Vaccination in Bombay 1874-1876 - 1874-1876
Year: 1874
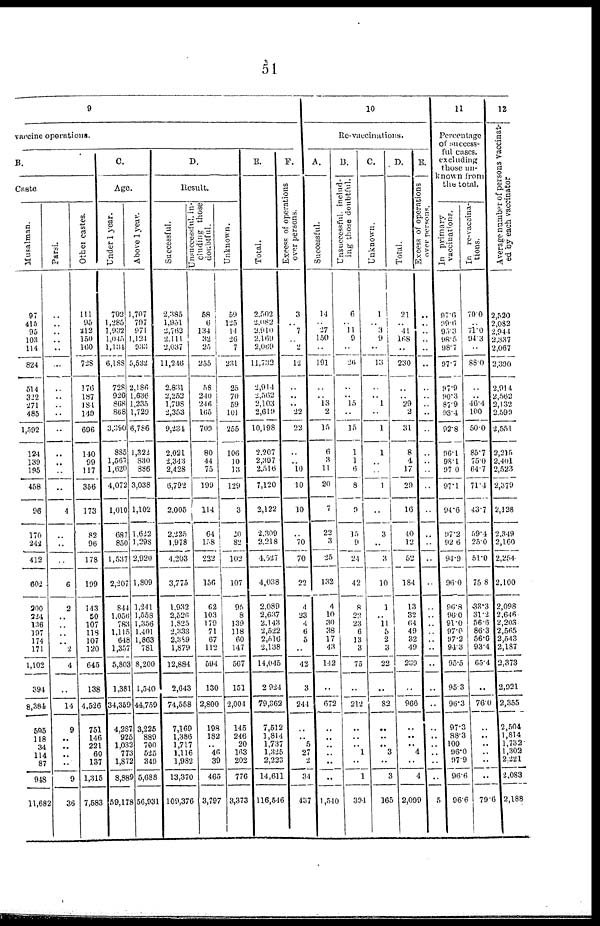
51
9
vaccine operations.
B.
Caste
Musalman.
97
415
95
103
114
824
514
322
271
485
1,592
124
139
195
458
96
170
242
412
602
300
224
136
197
174
171
1,102
394
8,384
505
118
34
114
87
918
11,682
Parsi.
..
..
..
..
..
..
..
..
..
..
..
..
..
..
4
..
..
..
6
2
..
..
..
..
2
4
..
14
9
..
..
..
..
9
36
Other castes.
111
95
212
150
160
728
176
187
184
149
696
140
99
117
356
173
82
96
178
199
143
50
107
118
107
120
645
138
4,526
751
146
221
60
137
1,315
7,583
C.
Age.
Under 1 year.
792
1,285
1,932
1,045
1,134
6,188
728
926
868
868
3,390
885
1,567
1,620
4,072
1,010
687
850
1,537
2,207
844
1,056
783
1,115
648
1,357
5,803
1,381
34,359
4,287
925
1,032
773
1,872
8,889
59,178
Above 1 year.
1,707
797
971
1,124
933
5,532
2,186
1,636
1,235
1,729
6,786
1,322
830
886
3,038
1,102
1,622
1,298
2,920
1,809
1,241
1,558
1,356
1,401
1,863
781
8,200
1,540
44,759
3,225
889
700
525
349
5,688
56,931
D.
Result.
Successful.
2,385
1,951
2,762
2,111
2,037
11,246
2,831
2,252
1,798
2,353
9,234
2,021
2,343
2,428
6,792
2,005
2,235
1,978
4,203
3,775
1,932
2,526
1,825
2,333
2,389
1,879
12,884
2,643
74,558
7,169
1,386
1,717
1,116
1,982
13,370
109,376
Unsuccessful, in-
cluding those
doubtful.
58
6
134
32
25
255
58
240
246
165
709
80
44
75
199
114
64
158
222
156
62
103
179
71
67
112
594
130
2,800
198
182
..
46
39
465
3,797
Unknown.
59
125
14
26
7
231
25
70
59
101
255
106
10
13
129
3
20
82
102
107
95
8
139
118
60
147
567
151
2,004
145
246
20
163
202
776
3,373
E.
Total.
2,502
2,082
2,910
2,169
2,069
11,732
2,914
2,562
2,103
2,619
10,198
2,207
2,397
2,516
7,120
2,122
2,309
2,218
4,527
4,038
2,089
2,637
2,143
2,522
2,516
2,138
14,045
2,924
79,362
7,512
1,814
1,737
1,325
2,223
14,611
116,546
F.
Excess of operations
over persons.
3
..
7
..
2
12
..
..
..
22
22
..
..
10
10
10
..
70
70
22
4
23
4
6
5
..
42
3
241
..
..
5
27
2
34
437
10
Re-vaccinations.
A.
Successful.
14
..
27
150
..
191
..
..
13
2
15
6
3
11
20
7
22
3
25
132
4
10
30
38
17
43
142
..
672
..
..
..
..
..
..
1,510
B.
Unsuccessful, includ-
ing those doubtful.
6
..
11
9
..
26
..
..
15
..
15
1
1
6
8
9
15
9
24
42
8
22
23
6
13
3
75
..
212
..
..
..
1
..
1
394
C.
Unknown.
1
..
3 :
9
..
13
..
..
1
..
1
1
..
..
1
..
3
..
3
10
1
..
11
6
2
3
22
..
82
..
..
.. 3
..
3
165
D.
Total.
21
..
41
168
..
230
..
..
29
2
31
8
4
17
29
16
40
12
52
184
13
32
64
49
32
49
239
..
966
..
..
..
4
..
4
2,099
E.
Excess or operations
over persons.
..
..
..
..
..
..
..
..
..
..
..
..
..
..
..
..
..
..
..
..
..
..
..
..
..
..
..
..
..
..
..
..
..
..
5
11
Percentage
of success-
ful cases,
excluding
those un-
known from
the total.
In primary
vaccinations.
97.6
99.6 95.3
98.5
98.7
97.7
97.9
90.3
87.9
93.4
92.8
96.1
98.1
97.0
97.1
94.6
97.2
92.6
94.9
96.0
96.8
96.0
91.0
97.0
97.2
94.3
95.5
95.3
96.3
97.3
88.3
100
96.0
97.9
96.6
96.6
In re-vaccina-
tions.
70.0
..
71.0
94.3
..
88.0
..
..
46.4
100
50.0
85.7
75.0
64.7
71.1
43.7
59.4
25.0
51.0
75.8
33.3
31.2
56.6
86.3
56.6
93.4
65.4
..
76.0
..
..
..
..
..
..
79.6
12
Average number of persons vaccinat-
ed by each vaccinator
2,520
2,082
2,944
2,337
2,067
2,390
2,914
2,562
2,132
2,599
2,551
2,215
2,401
2,523
2,379
2,128
2,349
2,160
2,254
2,100
2,098
2,646
2,203
2,565
2,543
2,187
2,373
2,921
2,355
2,504
1,814
1,732
1,302
2,221
2,083
2,188